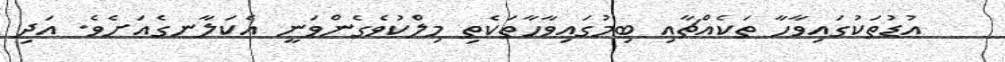
އުޑުތަކުގައިވާހާ ތަކެއްޗާއި ބިމުގައިވާހާތަކެތި މިލްކުވެގެންވަނީ އެކަލާނގެއަށެވެ. އަދި